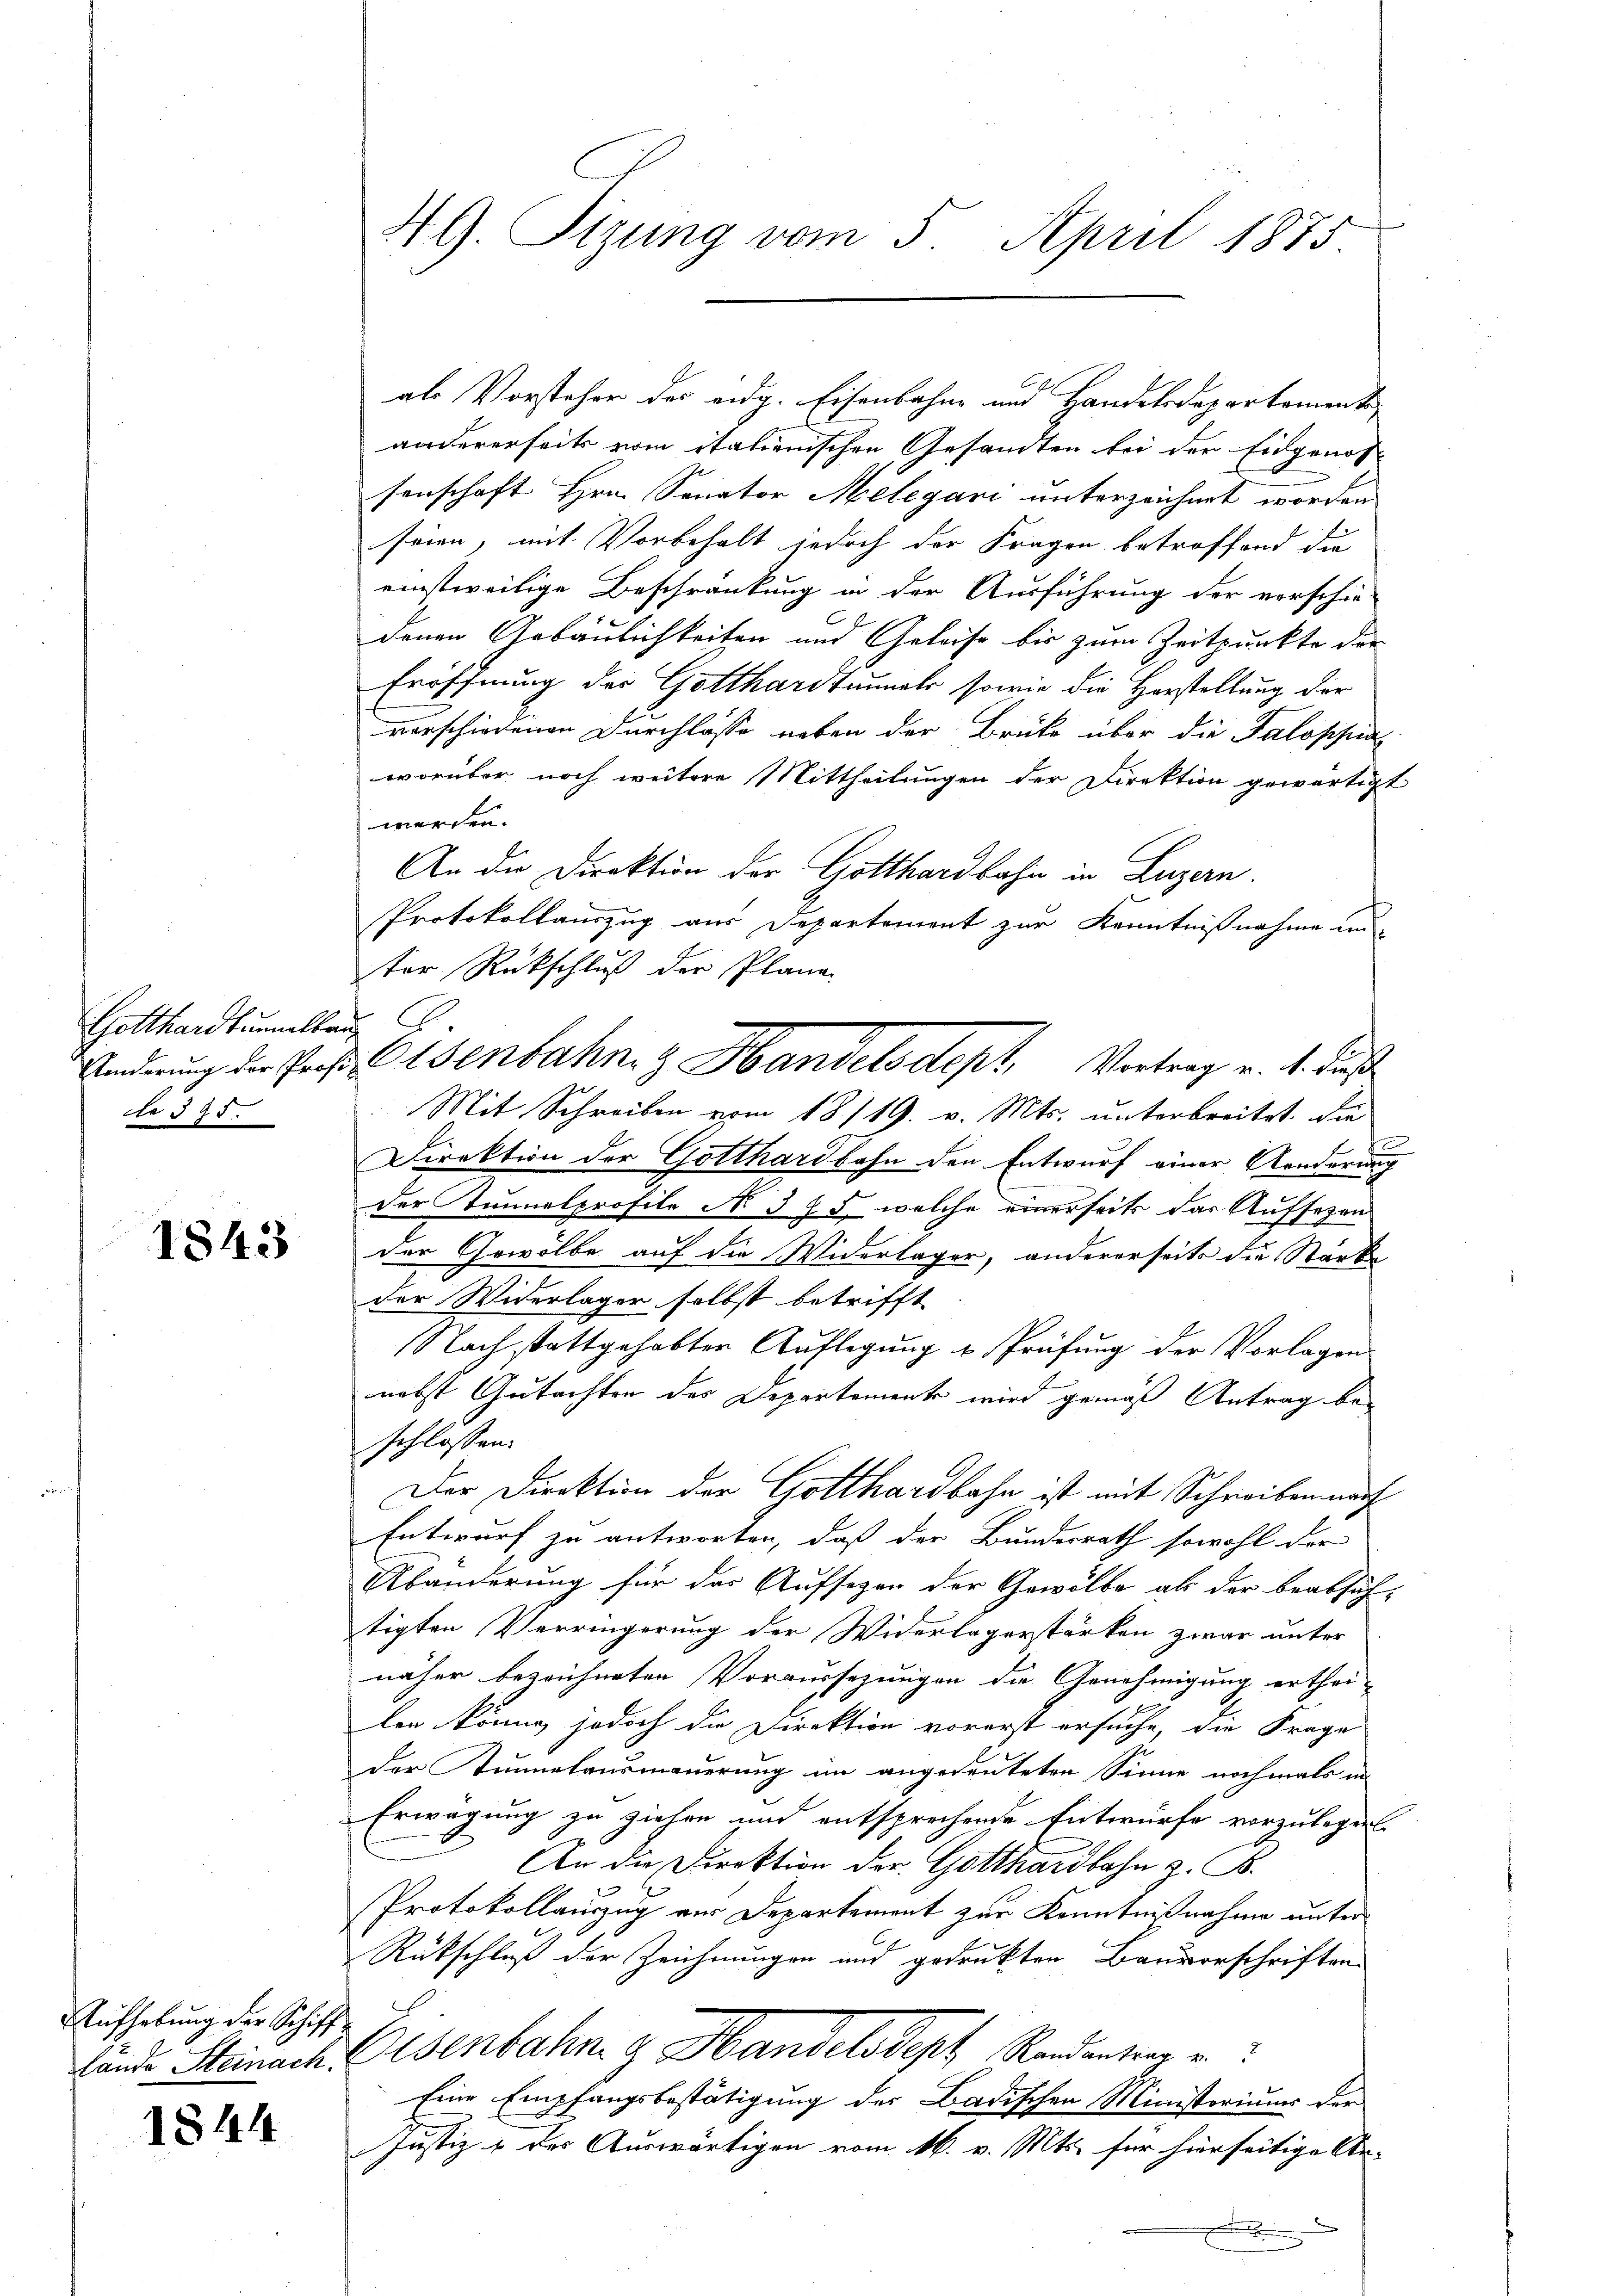
Gotthardtulbau
te 395.

1843

Aufhebung der Schiff-

1844

4G. Tizung vom 5. April 1875.

als Vorsteher der eidg. Eisenbahne und Handelsdepartement
andererseits vom italienischen Gesandten bei der Eidgenossenschaft Hrn. Senator Melegari unterzeichnet worden
seien, mit Vorbehalt jedoch der Fragen betroffend die
einstweilige Beschränkung in der Ausführung der verschie-
denen Gebäulichkeiten und Geleise bis zum Zeitpunkte der
Eröffnung der Gotthardtunnels, sowie die Horstellung der
vorschiedenen Durchlasse neben der Brüke über die Taloschia
worüber noch weitere Mittheilungen der Direktion gewärtigt
werden.
An die Direktion der Gotthardbahn in Luzern.
Protokollauszug aus Departement zur Kenntnißnahme unter Rückschluß der Plane
Mit Schreiben vom 18./19. v. Mts. unterbreitet, die
Direktion der Gotthardbahn den Entwurf einer Aenderung
der Tunnelprofile N. 3 § 5, welche einerseits das Aufsezen
der Gewölbe auf die Widerlager, andererseits die Starke
der Widerlager selbst betrifft
Nach stattgehabter Auflegung u. Prüfung der Vorlagen
nebst Gutachten des Departemente wird gemäß Antrag beschlossen:
Der Direktion der Gotthardbahn ist mit Schreibenmarf
Entwurf zu antworten, daß der Bundesrath sowohl der
Abänderung für das Aufsezen der Gewölbe als der beabsich-
tigten Verringerung der Widerlagerstärken zwar unter
näher bezeichneten Voraussezungen die Genehmigung erthei-
len könne, jedoch die Direktion vorerst ersuche, die Frage
Der Junnelausmauerung im angedeuteten Sinne nochmals in
Erwägung zu ziehen und entsprechende Entwurfe vorzulegen.
An die Direktion der Gotthardbahn z. B.
Protokollauszug aus Departement zur Kenntnißnahme unter
Rückschluß der Zeichnungen und gedrukten Bauvorschriften
lande Steinach Eisenbahn g Handelsdeph Randentrag u
Eine Empfangsbestätigung des Badischen Ministoriums der
Justiz & der Auswärtigen vom 16. v. Mts. für hierseitige An-
.

Änderung der Prof. Casenbahn & Handelsdept, Vortrag u. 4. Fuß